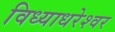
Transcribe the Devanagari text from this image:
विध्याधरेश्वर